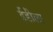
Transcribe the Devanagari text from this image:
ईडीला